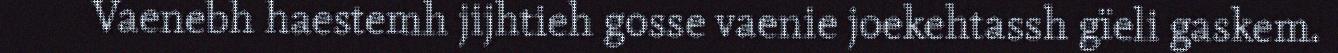
Vaenebh haestemh jijhtieh gosse vaenie joekehtassh gïeli gaskem.